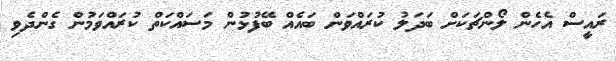
ރައީސް އެހެން ލޯންޗަަކަށް ބަދަލު ކުރައްވަން ބައެއް ބޭފުޅުން މަސައްކަތް ކުރައްވަމުން ގެންދެވި